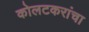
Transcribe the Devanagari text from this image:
कोलटकरांचा